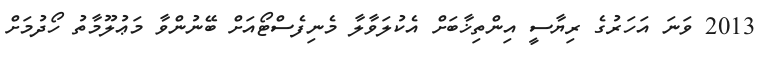
2013 ވަނަ އަހަރުގެ ރިޔާސީ އިންތިޚާބަށް އެކުލަވާލާ މެނިފެސްޓޯއަށް ބޭނުންވާ މަޢުލޫމާތު ހޯދުމަށް